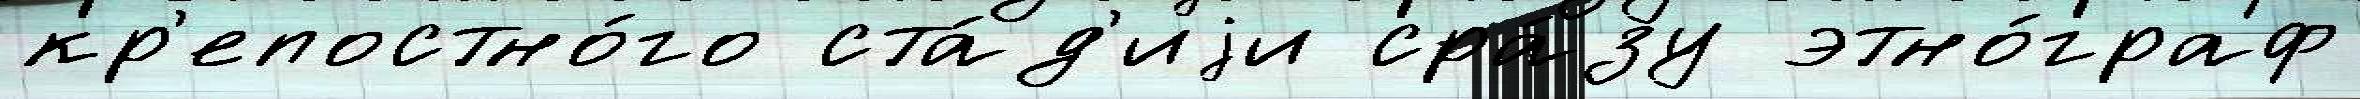
кр'епостно́го ста́д'иjи сра́зу этно́граф